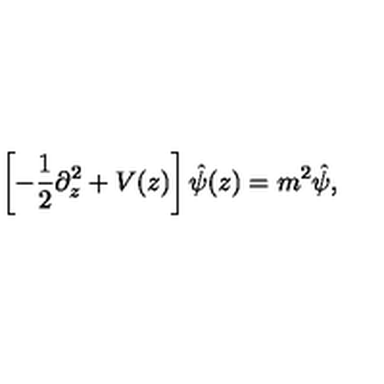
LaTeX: \left[ - { \frac { 1 } { 2 } } \partial _ { z } ^ { 2 } + V ( z ) \right] \hat { \psi } ( z ) = m ^ { 2 } \hat { \psi } ,